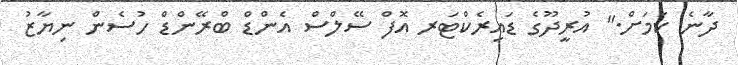
ދާނެ ކަމަށް." އުރީދޫގެ ޑައިރެކްޓަރ އޮފް ސޭލްސް އެންޑް ބްރޭންޑް ހުސެން ނިޔާޒު